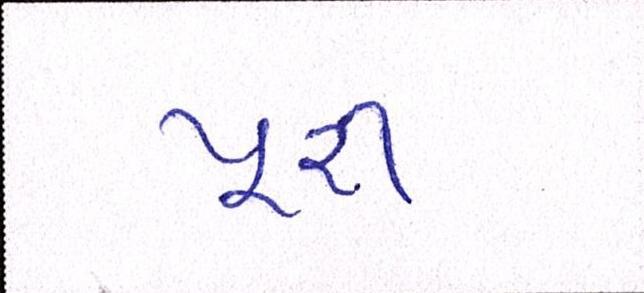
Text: પૂરી